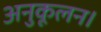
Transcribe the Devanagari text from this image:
अनुकूलन।